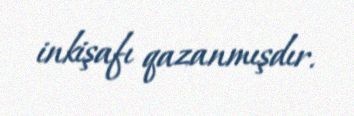
inkişafı qazanmışdır.